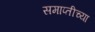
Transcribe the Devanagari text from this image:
समाप्‍तीच्या